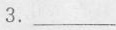
3.___